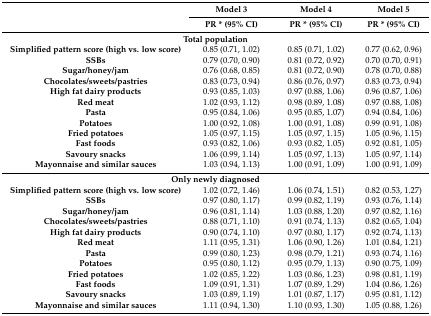
<table><thead><tr><td rowspan="2"></td><td><b>Model 3</b></td><td><b>Model 4</b></td><td><b>Model 5</b></td></tr><tr><td><b>PR * (95% CI)</b></td><td><b>PR * (95% CI)</b></td><td><b>PR * (95% CI)</b></td></tr></thead><tbody><tr><td colspan="4"><b>Total population</b></td></tr><tr><td><b>Simplified pattern score (high vs. low score)</b></td><td>0.85 (0.71, 1.02)</td><td>0.85 (0.71, 1.02)</td><td>0.77 (0.62, 0.96)</td></tr><tr><td><b>SSBs</b></td><td>0.79 (0.70, 0.90)</td><td>0.81 (0.72, 0.92)</td><td>0.70 (0.70, 0.91)</td></tr><tr><td><b>Sugar/honey/jam</b></td><td>0.76 (0.68, 0.85)</td><td>0.81 (0.72, 0.90)</td><td>0.78 (0.70, 0.88)</td></tr><tr><td><b>Chocolates/sweets/pastries</b></td><td>0.83 (0.73, 0.94)</td><td>0.86 (0.76, 0.97)</td><td>0.83 (0.73, 0.94)</td></tr><tr><td><b>High fat dairy products</b></td><td>0.93 (0.85, 1.03)</td><td>0.97 (0.88, 1.06)</td><td>0.96 (0.87, 1.06)</td></tr><tr><td><b>Red meat</b></td><td>1.02 (0.93, 1.12)</td><td>0.98 (0.89, 1.08)</td><td>0.97 (0.88, 1.08)</td></tr><tr><td><b>Pasta</b></td><td>0.95 (0.84, 1.06)</td><td>0.95 (0.85, 1.07)</td><td>0.94 (0.84, 1.06)</td></tr><tr><td><b>Potatoes</b></td><td>1.00 (0.92, 1.08)</td><td>1.00 (0.91, 1.08)</td><td>0.99 (0.91, 1.08)</td></tr><tr><td><b>Fried potatoes</b></td><td>1.05 (0.97, 1.15)</td><td>1.05 (0.97, 1.15)</td><td>1.05 (0.96, 1.15)</td></tr><tr><td><b>Fast foods</b></td><td>0.93 (0.82, 1.06)</td><td>0.93 (0.82, 1.05)</td><td>0.92 (0.81, 1.05)</td></tr><tr><td><b>Savoury snacks</b></td><td>1.06 (0.99, 1.14)</td><td>1.05 (0.97, 1.13)</td><td>1.05 (0.97, 1.14)</td></tr><tr><td><b>Mayonnaise and similar sauces</b></td><td>1.03 (0.94, 1.13)</td><td>1.00 (0.91, 1.09)</td><td>1.00 (0.91, 1.09)</td></tr><tr><td colspan="4"><b>Only newly diagnosed</b></td></tr><tr><td><b>Simplified pattern score (high vs. low score)</b></td><td>1.02 (0.72, 1.46)</td><td>1.06 (0.74, 1.51)</td><td>0.82 (0.53, 1.27)</td></tr><tr><td><b>SSBs</b></td><td>0.97 (0.80, 1.17)</td><td>0.99 (0.82, 1.19)</td><td>0.93 (0.76, 1.14)</td></tr><tr><td><b>Sugar/honey/jam</b></td><td>0.96 (0.81, 1.14)</td><td>1.03 (0.88, 1.20)</td><td>0.97 (0.82, 1.16)</td></tr><tr><td><b>Chocolates/sweets/pastries</b></td><td>0.88 (0.71, 1.10)</td><td>0.91 (0.74, 1.13)</td><td>0.82 (0.65, 1.04)</td></tr><tr><td><b>High fat dairy products</b></td><td>0.90 (0.74, 1.10)</td><td>0.97 (0.80, 1.17)</td><td>0.92 (0.74, 1.13)</td></tr><tr><td><b>Red meat</b></td><td>1.11 (0.95, 1.31)</td><td>1.06 (0.90, 1.26)</td><td>1.01 (0.84, 1.21)</td></tr><tr><td><b>Pasta</b></td><td>0.99 (0.80, 1.23)</td><td>0.98 (0.79, 1.21)</td><td>0.93 (0.74, 1.16)</td></tr><tr><td><b>Potatoes</b></td><td>0.95 (0.80, 1.12)</td><td>0.95 (0.79, 1.13)</td><td>0.90 (0.75, 1.09)</td></tr><tr><td><b>Fried potatoes</b></td><td>1.02 (0.85, 1.22)</td><td>1.03 (0.86, 1.23)</td><td>0.98 (0.81, 1.19)</td></tr><tr><td><b>Fast foods</b></td><td>1.09 (0.91, 1.31)</td><td>1.07 (0.89, 1.29)</td><td>1.04 (0.86, 1.26)</td></tr><tr><td><b>Savoury snacks</b></td><td>1.03 (0.89, 1.19)</td><td>1.01 (0.87, 1.17)</td><td>0.95 (0.81, 1.12)</td></tr><tr><td><b>Mayonnaise and similar sauces</b></td><td>1.11 (0.94, 1.30)</td><td>1.10 (0.93, 1.30)</td><td>1.05 (0.88, 1.26)</td></tr></tbody></table>